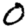
Digit: 0